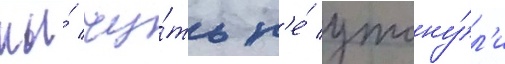
мы́ чу́ть н'е́ утону́л'и